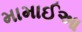
મામાઈઆ